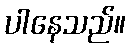
ပါနေသည်။